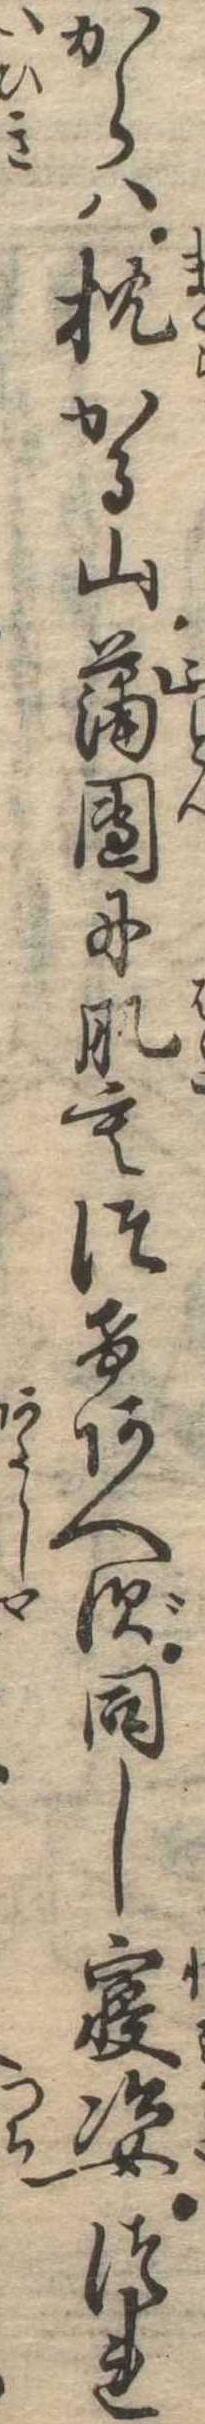
からは枕かる山蒲団に肌もつけあへず同し寝姿つれ